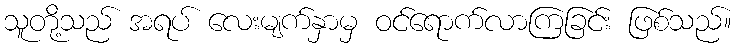
သူတို့သည် အရပ် လေးမျက်နှာမှ ဝင်ရောက်လာကြခြင်း ဖြစ်သည်။